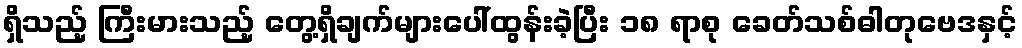
ရှိသည့် ကြီးမားသည့် တွေ့ရှိချက်များပေါ်ထွန်းခဲ့ပြီး ၁၈ ရာစု ခေတ်သစ်ဓါတုဗေဒနှင့်